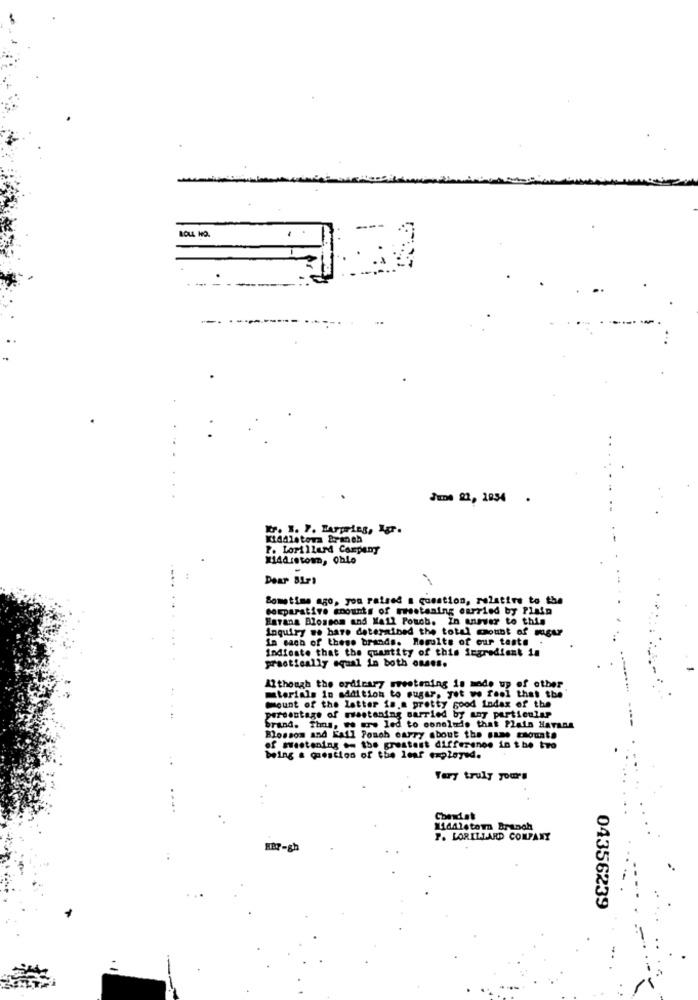
LOLL HO.
June 22, 1854 .
P. Lorillard Company
Dear 81Ps
Sometime ago, you raised a gonation, relative to the
comparative amounts of rootaning carried by Plain
Harana Blossom and Mail Pouch. In anever to this
Inquiry we have determined the total count of mgur
In each of these brands. Results of our taste .
Indfeste that the quantity of this ingredient in
practically equal in both onses.
Although the ordinary sweetening is made up of other
mtorials in addition to sugar, yet we feel that the
mount of the latter is.a pretty good index of the
percentage of mestaning married by any particular
brand. Thus, wo erw led to conclude that Plain Havana
Blossom and Fall Pouch carry about the same caouate
of sestening .= the greatest difference in the tro
being a question of the leaf erplayed.
Very truly yours
Cheniak
14dAlstom Branch
P. LORILLARD COMPANY
187-gh
04356239